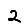
Digit: 2